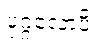
ပုဂ္ဂလောပိ